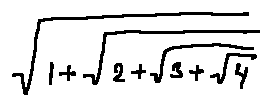
\sqrt { 1 + \sqrt { 2 + \sqrt { 3 + \sqrt { 4 } } } }